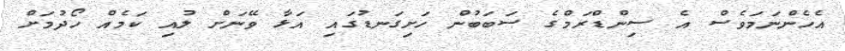
އެހެންނަމަވެސް އެ ސިންޑްރަމްގެ ސަބަބުން ހަށިގަނޑުގައި އަޅާ ވޭނަށް ލުއި ކަމެއް ހޯދުމަށް